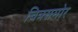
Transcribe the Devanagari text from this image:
चित्रसमोर